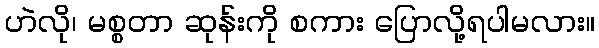
ဟဲလို၊ မစ္စတာ ဆုန်းကို စကား ပြောလို့ရပါမလား။